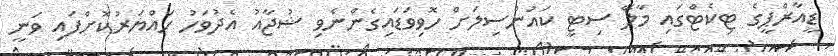
ޑީއާރްޕީގެ ޓިކެޓްގައި މާލޭ ސިޓީ ކައުންސިލަށް ހޮވިވަޑައިގެންނެވި ޝުޖާއު އެދުވަހު ހައްޔަރުކޮށްފައި ވަނީ